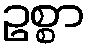
ဥစ္စာ